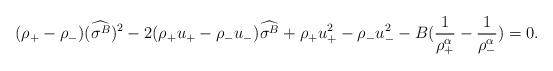
LaTeX: \begin{align*}(\rho_+-\rho_-)(\widehat{\sigma^{B}})^{2}-2(\rho_+u_+-\rho_-u_-)\widehat{\sigma^{B}}+\rho_+u_+^{2}-\rho_-u_-^{2}-B(\frac{1}{\rho_+^\alpha}-\frac{1}{\rho_-^\alpha})=0.\end{align*}